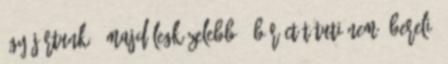
így jártunk, "majd legközelebb". Bár CT-t tuti nem übereli,